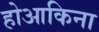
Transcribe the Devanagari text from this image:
होआकिना